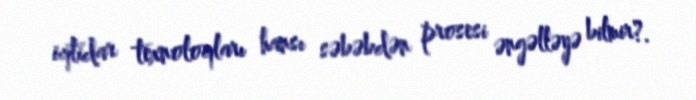
iqtidar texnoloqları hansı səbəbdən prosesi əngəlləyə bilmir?.